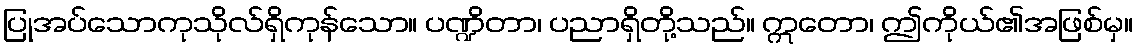
ပြုအပ်သောကုသိုလ်ရှိကုန်သော။ ပဏ္ဍိတာ၊ ပညာရှိတို့သည်။ ဣတော၊ ဤကိုယ်၏အဖြစ်မှ။